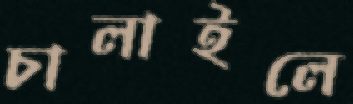
চালাইলে